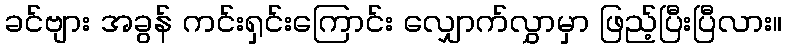
ခင်ဗျား အခွန် ကင်းရှင်းကြောင်း လျှောက်လွှာမှာ ဖြည့်ပြီးပြီလား။